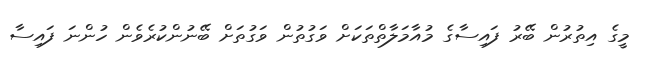
މީގެ އިތުރުން ބޭރު ފައިސާގެ މުއާމަލާތްތަކަށް ވަގުތުން ވަގުތަށް ބޭނުންކުރެވެން ހުންނަ ފައިސާ